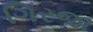
ગિરજા